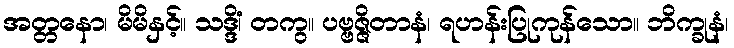
အတ္တနော၊ မိမိနှင့်။ သဒ္ဒိံ၊ တကွ။ ပဗ္ဗဇ္ဇိတာနံ၊ ရဟန်းပြုကုန်သော။ ဘိက္ခုနံ၊